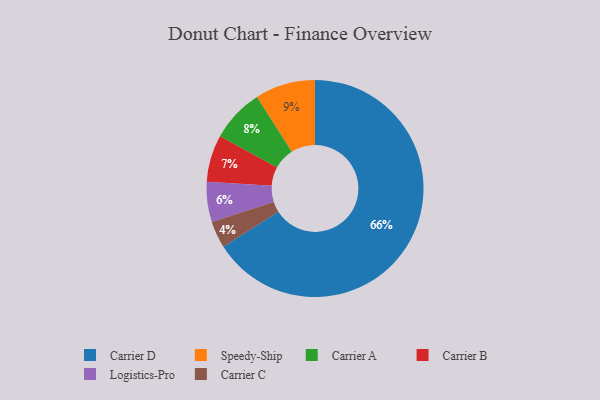
{"axis": {"x": "Category", "y": "Percentage"}, "legend": ["Carrier A", "Carrier B", "Carrier C", "Carrier D", "Logistics-Pro", "Speedy-Ship"], "data": [{"x": "Carrier A", "y": 8, "type": "Carrier A"}, {"x": "Carrier D", "y": 66, "type": "Carrier D"}, {"x": "Carrier C", "y": 4, "type": "Carrier C"}, {"x": "Logistics-Pro", "y": 6, "type": "Logistics-Pro"}, {"x": "Carrier B", "y": 7, "type": "Carrier B"}, {"x": "Speedy-Ship", "y": 9, "type": "Speedy-Ship"}]}